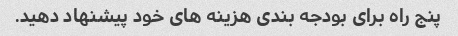
پنج راه برای بودجه بندی هزینه های خود پیشنهاد دهید.